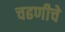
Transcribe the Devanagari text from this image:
चढणीचे